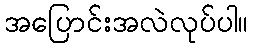
အပြောင်းအလဲလုပ်ပါ။